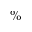
\%